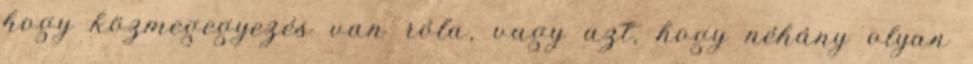
hogy közmegegyezés van róla, vagy azt, hogy néhány olyan